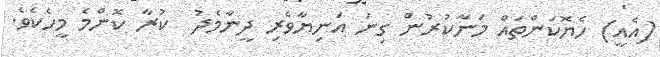
(އެއީ) ހެޔޮކަންތައް މަނާކުރުން ގިނަަ އަނިޔާވެރި ދީނާމެދު  ކުރާ ކޮންމެ މީހެކެވެ.